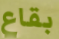
بقاع